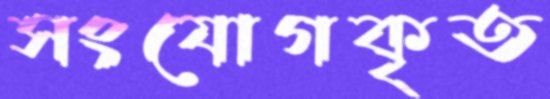
সংযোগকৃত